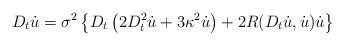
LaTeX: \begin{align*}D_t\dot{u}=\sigma^2\left\{D_t\left(2D^2_t\dot{u}+3\kappa^2\dot{u}\right)+2R(D_t\dot{u},\dot{u})\dot{u}\right\}\end{align*}